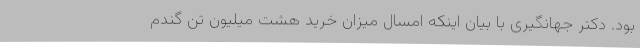
بود. دکتر جهانگیری با بیان اینکه امسال میزان خرید هشت میلیون تن گندم